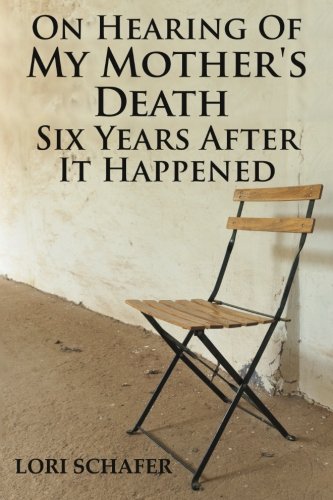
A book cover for On Hearing of My Mother's Death Six Years After It Happened: A Daughter's Memoir of Mental Illness; Lori L. Schafer; Parenting & Relationships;